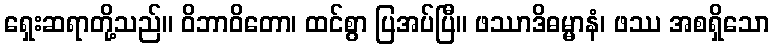
ရှေးဆရာတို့သည်။ ဝိဘာဝိတော၊ ထင်စွာ ပြအပ်ပြီ။ ဖဿာဒိဓမ္မာနံ၊ ဖဿ အစရှိသော